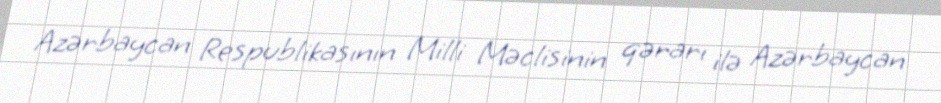
Azərbaycan Respublikasının Milli Məclisinin qərarı ilə Azərbaycan